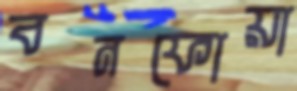
বনফোয়া